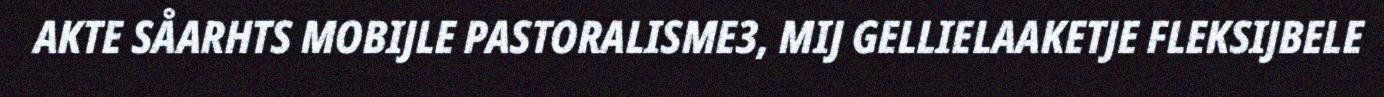
AKTE SÅARHTS MOBIJLE PASTORALISME3, MIJ GELLIELAAKETJE FLEKSIJBELE